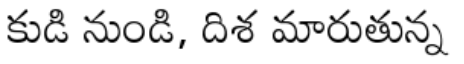
కుడి నుండి, దిశ మారుతున్న